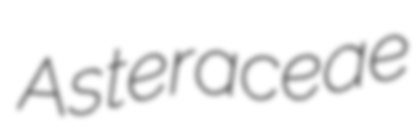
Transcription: Asteraceae